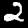
Digit: 2